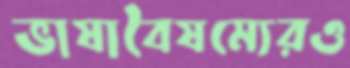
ভাষাবৈষম্যেরও